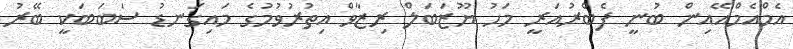
އެމްއެމްއޭއިން ބުނީ ފެބްރުއަރީ މަހު ޔޫޒަބަލް ރިޒާވް އިތުރުވުމުގެ މައިގަނޑު ސަބަބަކީ ބޭރު